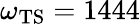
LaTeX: \omega_{\mathrm{TS}}=1444